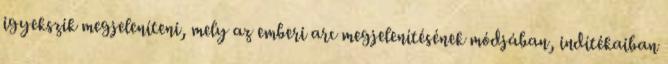
igyekszik megjeleníteni, mely az emberi arc megjelenítésének módjában, indítékaiban